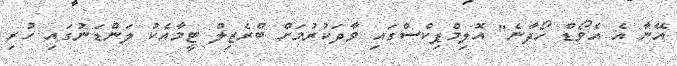
އޭނާ އެ އެވޯޑް ހޯދާނެ" އޮލިމްޕިކްސްގައި ވާދަކުރުމަށް ބްރެޒިލް ޓީމާއެކު ލަންޑަނުގައި ހުރި